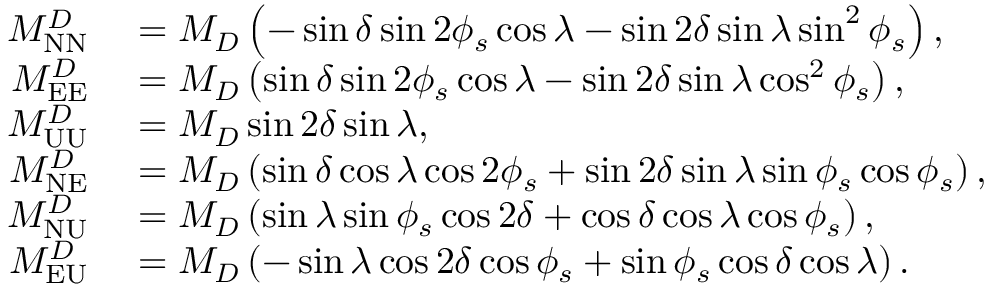
\begin{array} { r l } { M _ { \mathrm { N N } } ^ { D } } & { { } = M _ { D } \left( - \sin \delta \sin 2 \phi _ { s } \cos \lambda - \sin 2 \delta \sin \lambda \sin ^ { 2 } \phi _ { s } \right) , } \\ { M _ { \mathrm { E E } } ^ { D } } & { { } = M _ { D } \left( \sin \delta \sin 2 \phi _ { s } \cos \lambda - \sin 2 \delta \sin \lambda \cos ^ { 2 } \phi _ { s } \right) , } \\ { M _ { \mathrm { U U } } ^ { D } } & { { } = M _ { D } \sin 2 \delta \sin \lambda , } \\ { M _ { \mathrm { N E } } ^ { D } } & { { } = M _ { D } \left( \sin \delta \cos \lambda \cos 2 \phi _ { s } + \sin 2 \delta \sin \lambda \sin \phi _ { s } \cos \phi _ { s } \right) , } \\ { M _ { \mathrm { N U } } ^ { D } } & { { } = M _ { D } \left( \sin \lambda \sin \phi _ { s } \cos 2 \delta + \cos \delta \cos \lambda \cos \phi _ { s } \right) , } \\ { M _ { \mathrm { E U } } ^ { D } } & { { } = M _ { D } \left( - \sin \lambda \cos 2 \delta \cos \phi _ { s } + \sin \phi _ { s } \cos \delta \cos \lambda \right) . } \end{array}